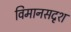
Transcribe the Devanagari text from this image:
विमानसदृश